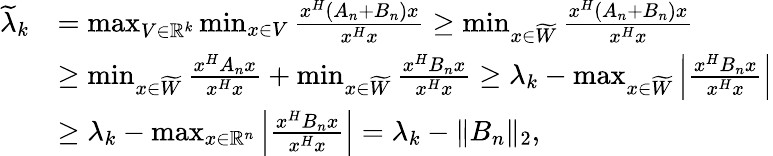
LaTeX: \begin{array}{rl}{\widetilde{\lambda}_{k}}&{=\operatorname*{max}_{V\in\mathbb{R}^{k}}\operatorname*{min}_{x\in V}{\frac{x^{H}(A_{n}+B_{n})x}{x^{H}x}}\geq\operatorname*{min}_{x\in\widetilde{W}}{\frac{x^{H}(A_{n}+B_{n})x}{x^{H}x}}}\\ &{\geq\operatorname*{min}_{x\in\widetilde{W}}{\frac{x^{H}A_{n}x}{x^{H}x}}+\operatorname*{min}_{x\in\widetilde{W}}{\frac{x^{H}B_{n}x}{x^{H}x}}\geq\lambda_{k}-\operatorname*{max}_{x\in\widetilde{W}}{\left|\frac{x^{H}B_{n}x}{x^{H}x}\right|}}\\ &{\geq\lambda_{k}-\operatorname*{max}_{x\in\mathbb{R}^{n}}{\left|\frac{x^{H}B_{n}x}{x^{H}x}\right|}=\lambda_{k}-\Vert B_{n}\Vert_{2},}\end{array}